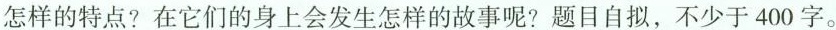
怎样的特点?在它们的身上会发生怎样的故事呢?题目自拟，不少于400字。